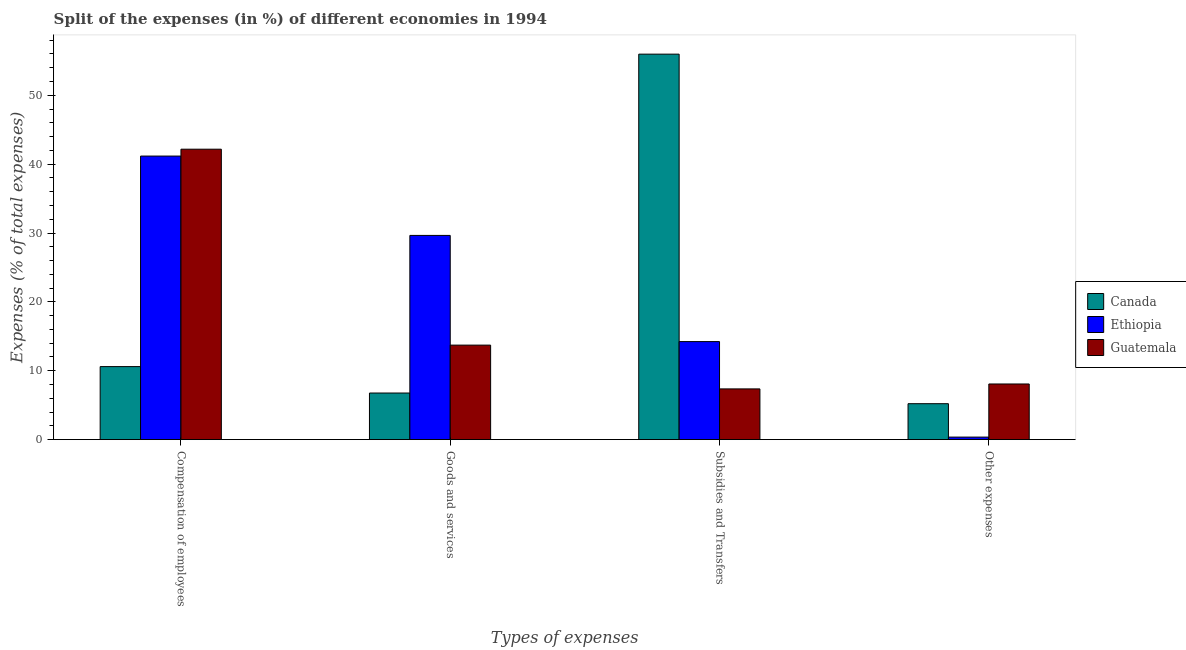
| Types of expenses | Canada | Ethiopia | Guatemala |
 | --- | --- | --- | --- |
 | Compensation of employees | 10.6 | 41.2 | 42.2 |
 | Goods and services | 6.77 | 29.7 | 13.7 |
 | Subsidies and Transfers | 56 | 14.2 | 7.36 |
 | Other expenses | 5.22 | 0.363 | 8.08 |